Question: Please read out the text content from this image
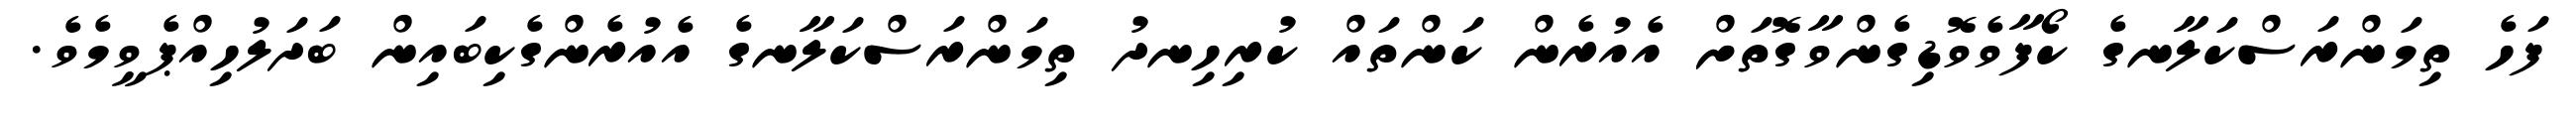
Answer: ފަހެ ތިމަންރަސްކަލާނގެ ކޯފާވެވޮޑިގެންވާގޮތަށް އެއުރެން ކަންތައް ކުރިހިނދު ތިމަންރަސްކަލާނގެ އެއުރެންގެކިބައިން ބަދަލުހިއްޕެވީމެވެ.